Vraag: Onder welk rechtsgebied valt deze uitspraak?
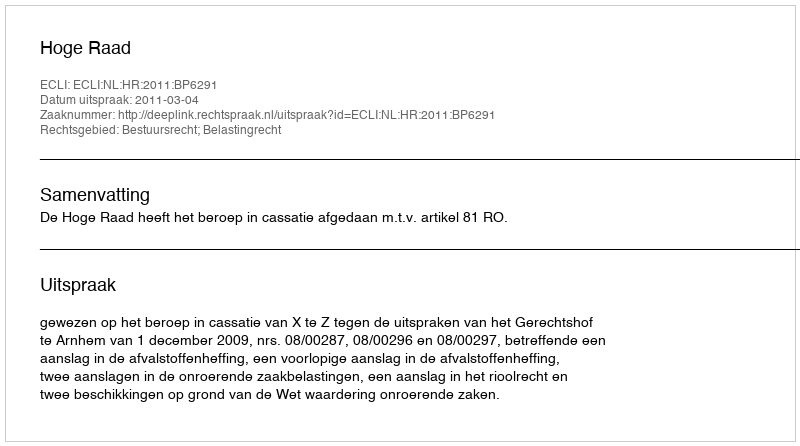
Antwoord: Bestuursrecht; Belastingrecht